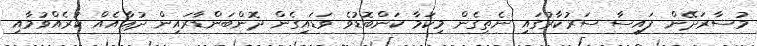
މުސާރަދޭން ފައިސާ ސަރުކާރުގައި ނެތިގެން މިކަމާ ކަންބޮޑުވެ ވަޑައިގެން ދޮންބަންޑާރައިން ދުޢާއެއް ކުރެއްވުމާއި